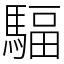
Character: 䮠